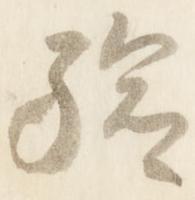
験